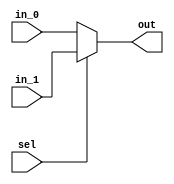
module mux_2_1(in_0,in_1,sel,out);
input in_0,in_1;
input sel;
output out;

assign out=sel?in_1:in_0;

endmodule